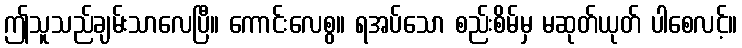
ဤသူသည်ချမ်းသာလေပြီ။ ကောင်းလေစွ။ ရအပ်သော စည်းစိမ်မှ မဆုတ်ယုတ် ပါစေလင့်။